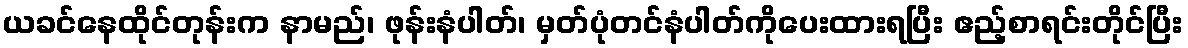
ယခင်နေထိုင်တုန်းက နာမည်၊ ဖုန်းနံပါတ်၊ မှတ်ပုံတင်နံပါတ်ကိုပေးထားရပြီး ဧည့်စာရင်းတိုင်ပြီး